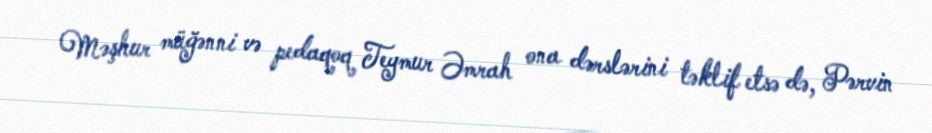
Məşhur müğənni və pedaqoq Teymur Əmrah ona dərslərini təklif etsə də, Pərvin